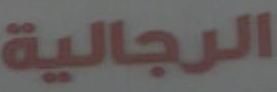
الرجالية